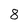
Character: 8